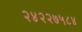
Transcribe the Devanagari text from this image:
२४२२७५८४